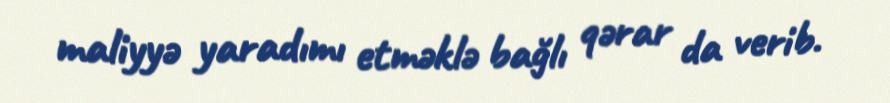
maliyyə yaradımı etməklə bağlı qərar da verib.